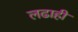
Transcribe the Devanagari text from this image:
लढाही